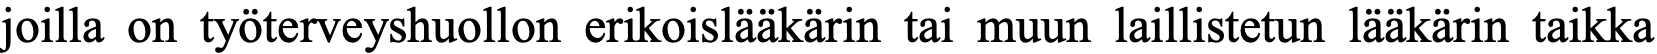
joilla on työterveyshuollon erikoislääkärin tai muun laillistetun lääkärin taikka